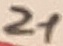
Text: 21